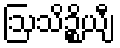
ဩသိဉ္စိယျီ